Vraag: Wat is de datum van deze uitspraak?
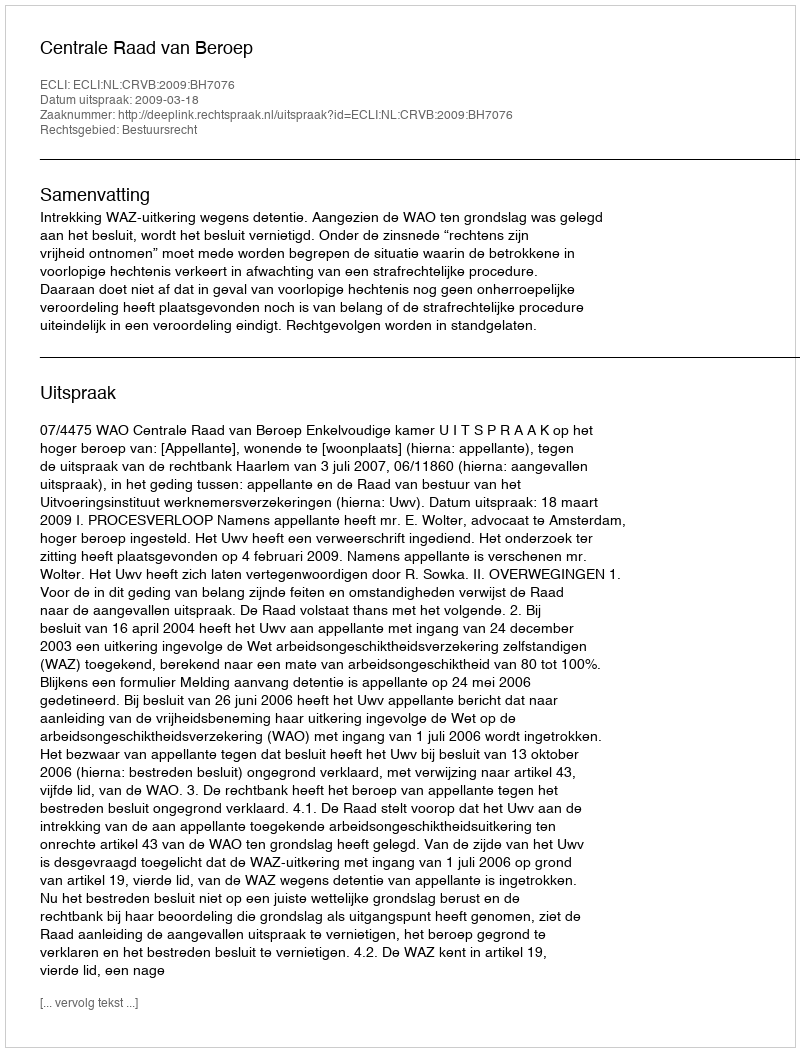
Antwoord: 2009-03-18